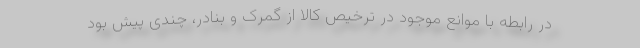
در رابطه با موانع موجود در ترخیص کالا از گمرک و بنادر، چندی پیش بود